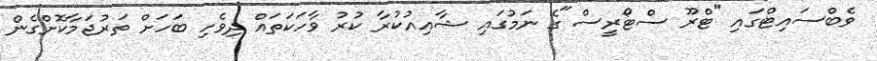
ވެބްސައިޓްގައި "ޓްރޫ ސްޓޯރީސް"ގެ ނަމުގައި ޝާއިއުކުރާ ކުރު ވާހަކަތައް ދިވެހި ބަހަށް ތަރުޖަމާކޮށްގެން